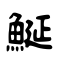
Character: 鯅